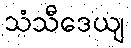
သံသီဒေယျ